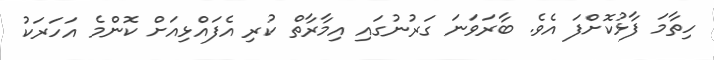
ހިތާމަ ފާޅުކޮށްފަ އެވެ. ބާރަވަނަ ގަރުނުގައި އިމާރާތް ކުރި އެފައްޅިއަށް ކޮންމެ އަހަރަކު